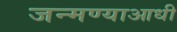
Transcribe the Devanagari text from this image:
जन्मण्याआधी